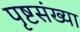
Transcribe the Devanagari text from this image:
पृष्टसंख्या